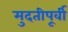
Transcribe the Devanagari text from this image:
मुदतीपूर्वी